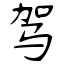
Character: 驾